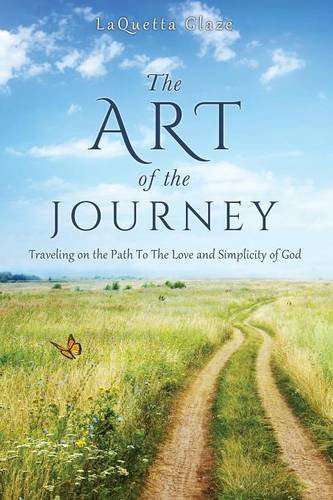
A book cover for The Art of the Journey; LaQuetta Glaze; Self-Help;